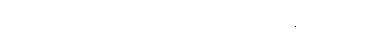
ဟင်းလင်းပြင်ထဲတွင် လွင့်မျောနေပုံရသည်။